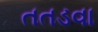
તતડવા